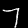
Label: 7